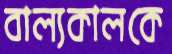
বাল্যকালকে